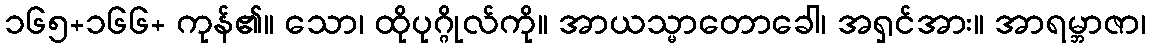
၁၆၅+၁၆၆+ ကုန်၏။ သော၊ ထိုပုဂ္ဂိုလ်ကို။ အာယသ္မာတောခေါ၊ အရှင်အား။ အာရမ္ဘာဇာ၊